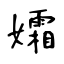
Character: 孀